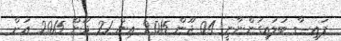
ފައިސާ ބަލައިގަންނާނީ 04 ޖޫން 2015 އިން 21 ޖޫން 2015 އަށް